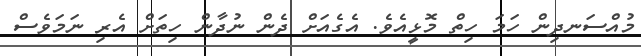
މުއްސަނދިން ހަމަ ހިތް މޮޅީއެވެ. އެގެއަށް ދެން ނުދާން ހިތަށް އެރި ނަމަވެސް